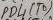
Text: PD4